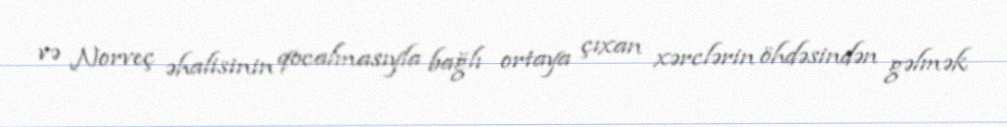
və Norveç əhalisinin qocalmasıyla bağlı ortaya çıxan xərclərin öhdəsindən gəlmək